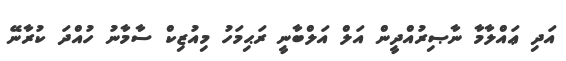
އަދި ޢައްލާމާ ނާޞިރުއްދީން އަލް އަލްބާނީ ރަޙިމަހު މިއުޒިކް ސާމާނު ހުއްދަ ކުރާނޭ